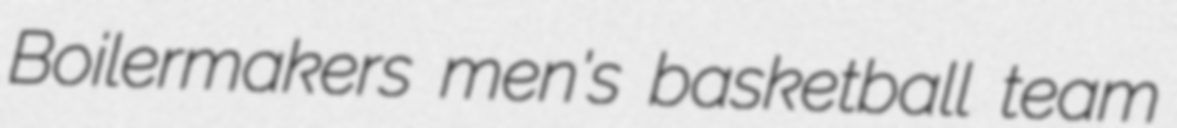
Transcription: Boilermakers men's basketball team